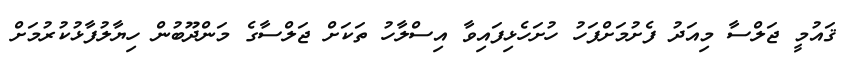
ޤައުމީ ޖަލްސާ މިއަދު ފެށުމަށްފަހު ހުށަހެޅިފައިވާ އިސްލާހު ތަކަށް ޖަލްސާގެ މަންދޫބުން ހިޔާލުފާޅުކުރުމަށް